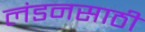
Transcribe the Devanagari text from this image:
लंडनसाठी